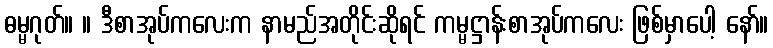
ဓမ္မဂုတ်။ ။ ဒီစာအုပ်ကလေးက နာမည်အတိုင်းဆိုရင် ကမ္မဋ္ဌာန်းစာအုပ်ကလေး ဖြစ်မှာပေါ့ နော်။